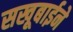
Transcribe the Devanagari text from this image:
सखूबाईने